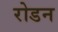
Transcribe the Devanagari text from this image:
रोडन